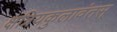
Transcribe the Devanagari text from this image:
क्षत्रियकुलावंतस्